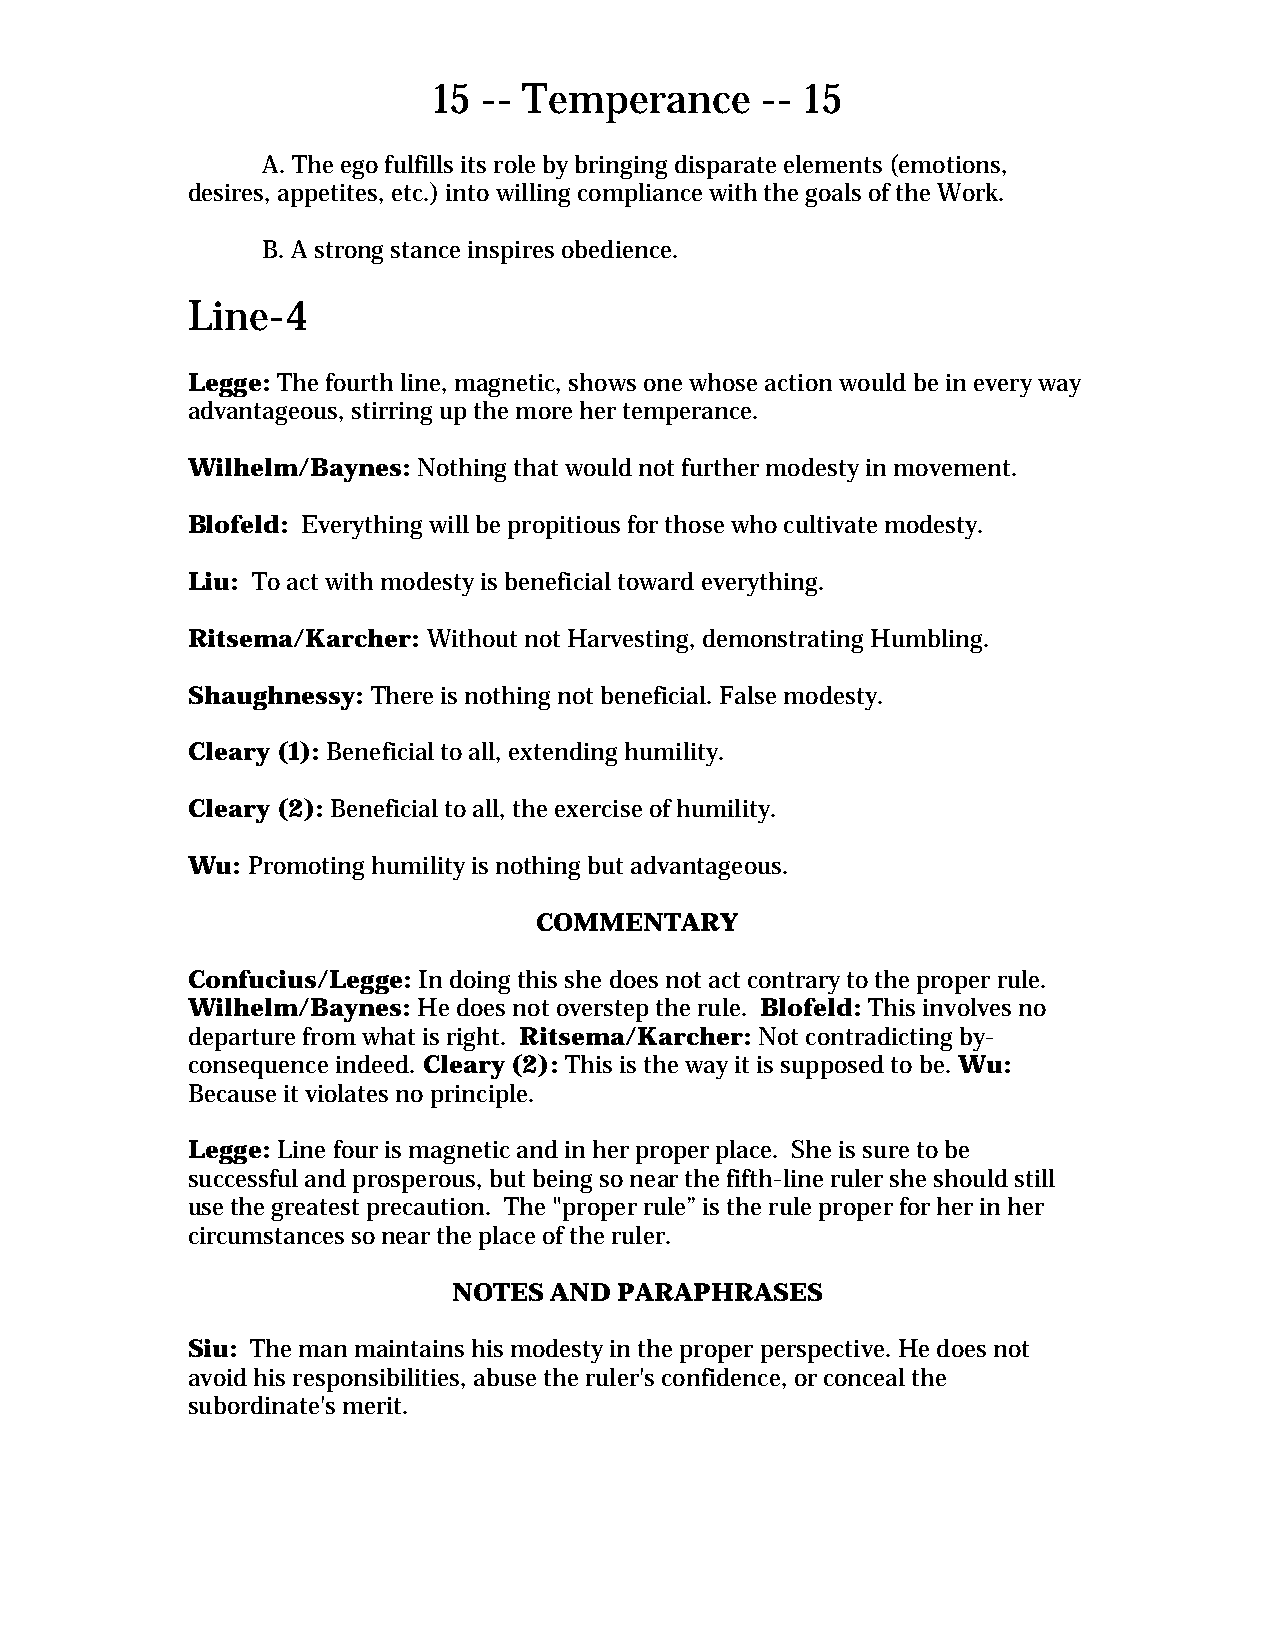
15 -- Temperance     -- 15
 A. The ego fulfills its role by bringing disparate elements (emotions,
 desires, appetites, etc.) into willing compliance with the goals of the Work.
 B. A strong stance inspires obedience.
 Line-4
 Legge: The fourth line, magnetic, shows one whose action would be in every way
 advantageous, stirring up the more her temperance.
 Wilhelm/Baynes: Nothing that would not further modesty in movement.
 Blofeld: Everything will be propitious for those who cultivate modesty.
 Liu: To act with modesty is beneficial toward everything.
 Ritsema/Karcher: Without not Harvesting, demonstrating Humbling.
 Shaughnessy: There is nothing not beneficial. False modesty.
 Cleary (1): Beneficial to all, extending humility.
 Cleary (2): Beneficial to all, the exercise of humility.
 Wu: Promoting humility is nothing but advantageous.
 COMMENTARY
 Confucius/Legge: In doing this she does not act contrary to the proper rule.
 Wilhelm/Baynes: He does not overstep the rule. Blofeld: This involves no
 departure from what is right. Ritsema/Karcher: Not contradicting by-
 consequence indeed. Cleary (2): This is the way it is supposed to be. Wu:
 Because it violates no principle.
 Legge: Line four is magnetic and in her proper place. She is sure to be
 successful and prosperous, but being so near the fifth-line ruler she should still
 use the greatest precaution. The "proper rule” is the rule proper for her in her
 circumstances so near the place of the ruler.
 NOTES AND  PARAPHRASES
 Siu: The man maintains his modesty in the proper perspective. He does not
 avoid his responsibilities, abuse the ruler's confidence, or conceal the
 subordinate's merit.